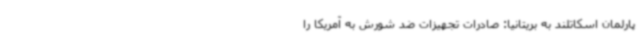
پارلمان اسکاتلند به بریتانیا: صادرات تجهیزات ضد شورش به آمریکا را